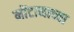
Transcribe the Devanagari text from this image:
मोंटानाच्या